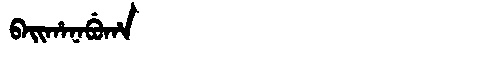
Manchu: ᠪᠠᡳᡥᠠᠨᠠᠪᡠᡥᠠ
Romanization: BAIHANABUHA